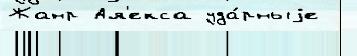
Жанр Ал'екса уда́рныjе